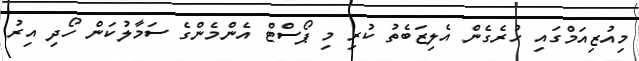
މިއުޒިއަމްގައި ހުރެގެން އެލިޒަބެތު ކުރި މި ޕޯސްޓް އެންމެންގެ ސަމާލުކަން ހޯދި އިރު